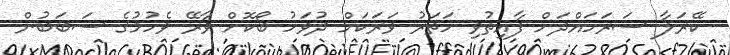
ކޭރަލާ ސަރަހައްދަށް ފާއިތުވި ހަތަރު ވަރަކަށް ދުވަހު ބޯކޮށް ވާރޭ ވެހުމުގެ ސަބަބުން